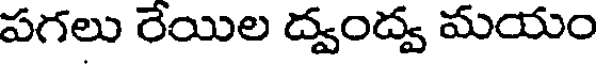
పగలు రేయిల ద్వంద్వ మయం